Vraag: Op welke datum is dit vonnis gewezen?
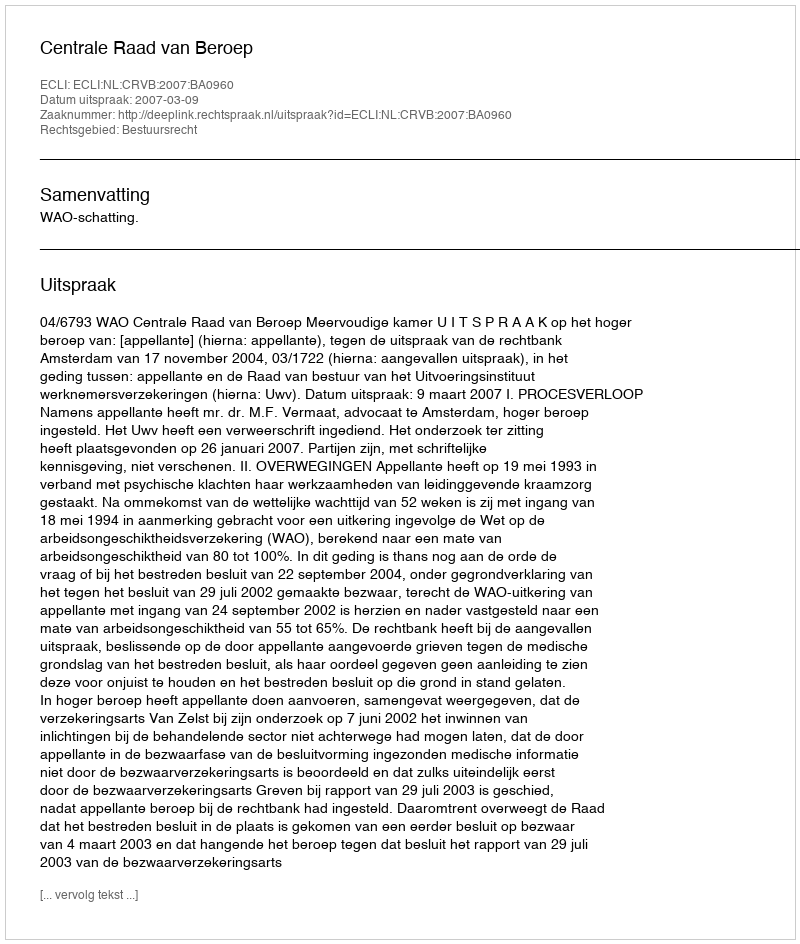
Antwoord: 2007-03-09